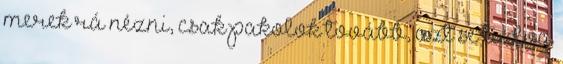
merek rá nézni, csak pakolok tovább, azt se tudva